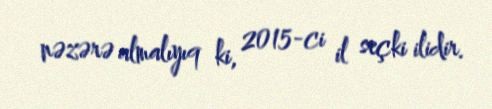
nəzərə almalıyıq ki, 2015-ci il seçki ilidir.